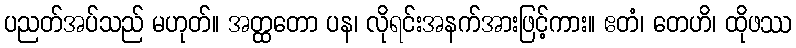
ပညတ်အပ်သည် မဟုတ်။ အတ္ထတော ပန၊ လိုရင်းအနက်အားဖြင့်ကား။ ဧတံ၊ တေဟိ၊ ထိုဖဿ